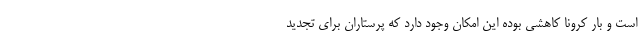
است و بار کرونا کاهشی بوده این امکان وجود دارد که پرستاران برای تجدید